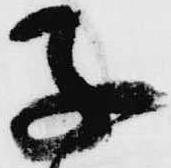
子